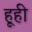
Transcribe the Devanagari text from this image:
हूही